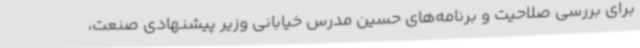
برای بررسی صلاحیت و برنامه‌های حسین مدرس خیابانی وزیر پیشنهادی صنعت،